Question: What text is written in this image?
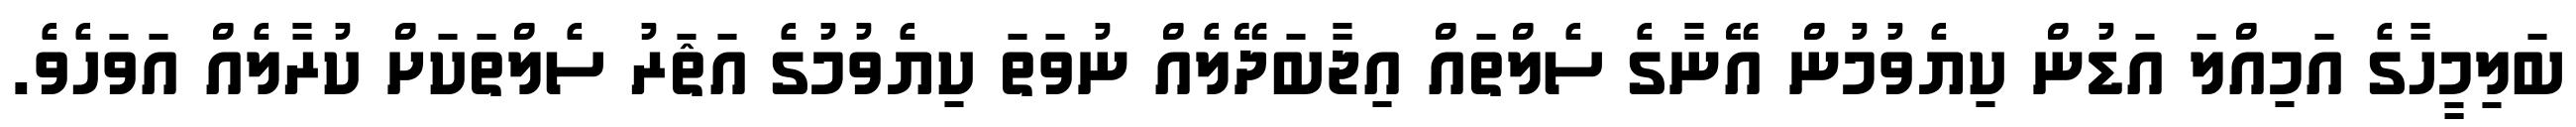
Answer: ބަލިމީހާގެ އަމިއްލަ އަޑުން ކިޔެވުމުން އޭނާގެ ސެލްތައް އިޖާބަދޭލެއް ނުވަތަ ކިޔެވުމުގެ އަޘަރު ސެލްތަކަށް ކުރާލެއް އަވަހެވެ.